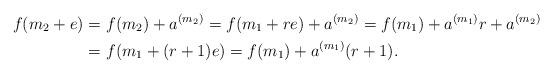
LaTeX: \begin{align*}f(m_2 + e) = &\ f(m_2) + a^{(m_2)} = f(m_1 + re) + a^{(m_2)} = f(m_1) +a^{(m_1)} r + a^{(m_2)}\\= &\ f(m_1 + (r+1)e) = f(m_1) + a^{(m_1)} (r+1).\end{align*}